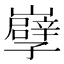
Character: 𡾤